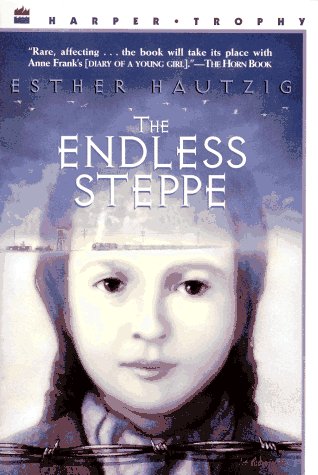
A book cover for The Endless Steppe: Growing Up in Siberia; Esther Hautzig; Teen & Young Adult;